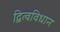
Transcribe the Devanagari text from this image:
द्वित्वविधान